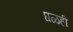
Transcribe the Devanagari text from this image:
घळही